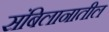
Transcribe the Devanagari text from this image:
संबिलानातील